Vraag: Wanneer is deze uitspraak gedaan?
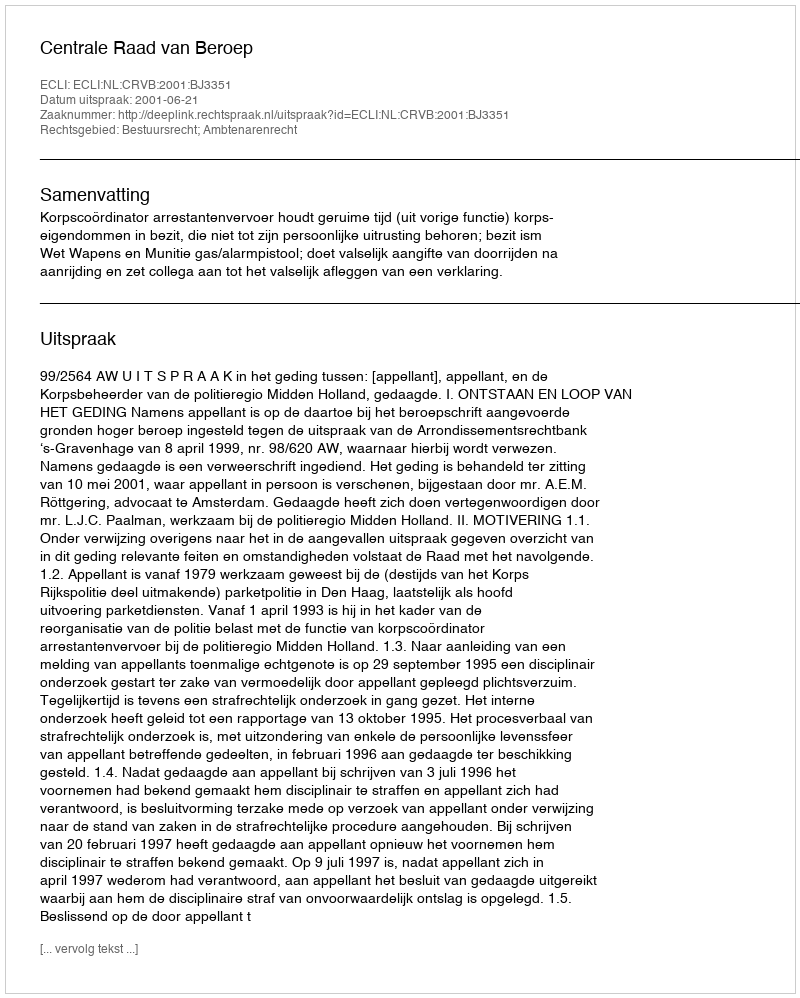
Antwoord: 2001-06-21